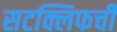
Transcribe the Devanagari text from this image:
सटक्लिफची